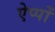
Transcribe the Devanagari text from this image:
ऐप्पों